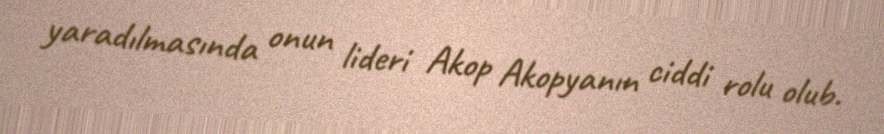
yaradılmasında onun lideri Akop Akopyanın ciddi rolu olub.